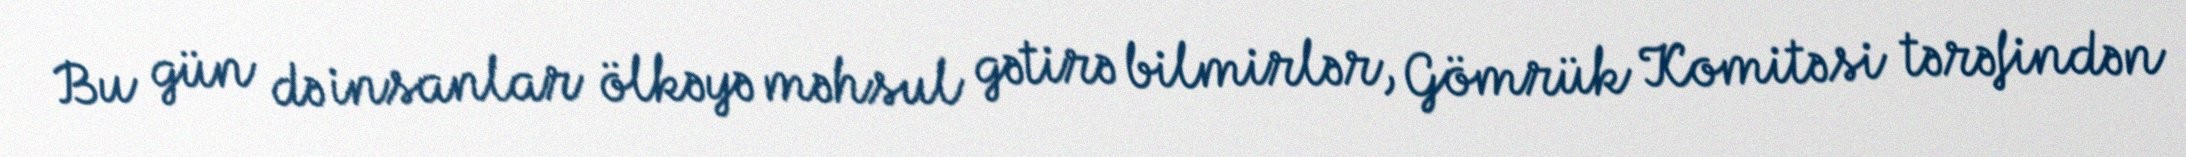
Bu gün də insanlar ölkəyə məhsul gətirə bilmirlər, Gömrük Komitəsi tərəfindən